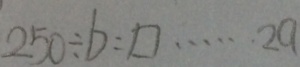
2 5 0 \div b = \square \cdots 2 a